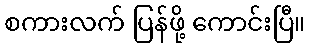
စကားလက် ပြန်ဖို့ ကောင်းပြီ။